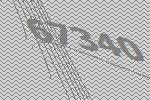
67340